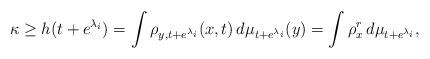
LaTeX: \begin{align*}\kappa \geq h(t+e^{\lambda _i}) = \int \rho _{y,t+e^{\lambda_i}} (x,t) \, d\mu _{t+e^{\lambda_i}} (y) = \int \rho _x ^r \, d\mu _{t+e^{\lambda_i}},\end{align*}